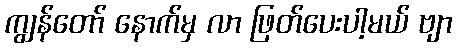
ကျွန်တော် နောက်မှ လာ ဖြတ်ပေးပါ့မယ် ဗျာ